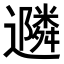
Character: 𮟠